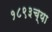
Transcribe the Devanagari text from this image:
१८९३च्या